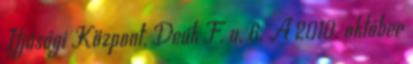
Ifjúsági Központ, Deák F. u. 6. A 2010. október